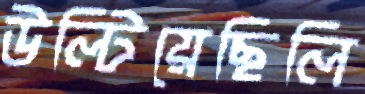
উল্‌টিয়েছিলি